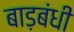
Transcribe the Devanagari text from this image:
बाड़बंधी